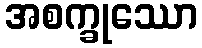
အစက္ခုဿော